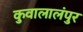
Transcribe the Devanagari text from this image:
कुवालालंपुर